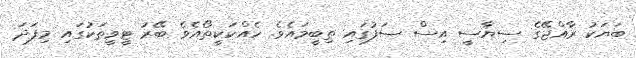
ބަޔަކު ރާއްޖޭގެ ސިޔާސީ އިސް ސަފުގައި ތިބީމައެވެ. ހެއްކަކީތޯއެވެ ބޭރު ޓީވީތަކުގައި މިފަދަ